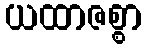
ယထာဇစ္စာ